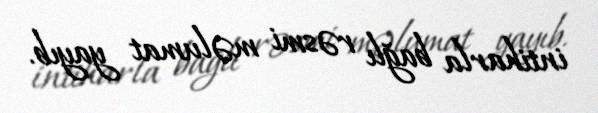
intiharla bağlı rəsmi məlumat yayıb.